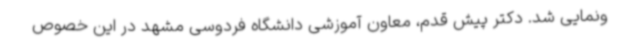
ونمایی شد. دکتر پیش قدم، معاون آموزشی دانشگاه فردوسی مشهد در این خصوص